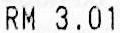
RM 3.01